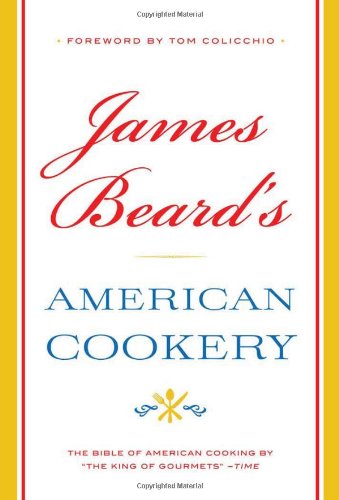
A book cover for James Beard's American Cookery; James Beard; Cookbooks, Food & Wine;